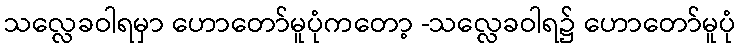
သလ္လေခဝါရမှာ ဟောတော်မူပုံကတော့ -သလ္လေခဝါရ၌ ဟောတော်မူပုံ